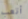
أتعب